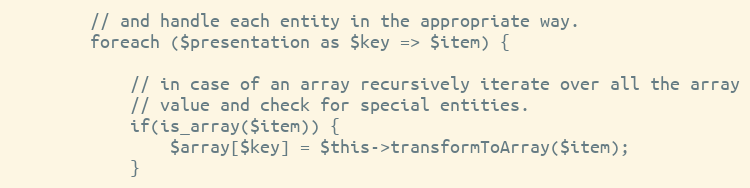
Language: PHP
        // and handle each entity in the appropriate way.
        foreach ($presentation as $key => $item) {

            // in case of an array recursively iterate over all the array
            // value and check for special entities.
            if(is_array($item)) {
                $array[$key] = $this->transformToArray($item);
            }